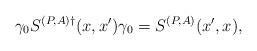
LaTeX: \begin{align*}\gamma_0 S^{(P,A)\dagger}(x,x')\gamma_0=S^{(P,A)}(x',x),\end{align*}